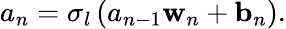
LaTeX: {a}_{n}=\sigma_{l}\left(a_{n-1}\mathbf{w}_{n}+\mathbf{b}_{n}\right).